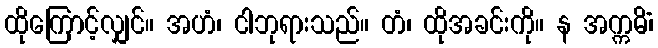
ထိုကြောင့်လျှင်။ အဟံ၊ ငါဘုရားသည်။ တံ၊ ထိုအခင်းကို။ န အက္ကမိံ၊